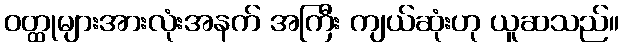
ဝတ္ထုများအားလုံးအနက် အကြီး ကျယ်ဆုံးဟု ယူဆသည်။